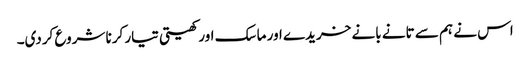
اس نے ہم سے تانے بانے خریدے اور ماسک اور کھیتی تیار کرنا شروع کردی۔